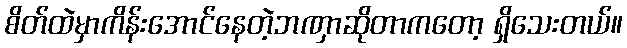
စိတ်ထဲမှာကိန်းအောင်နေတဲ့ဘဏှာဆိုတာကတော့ ရှိသေးတယ်။